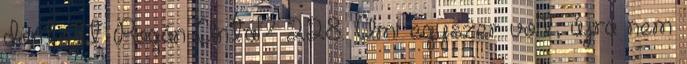
döntött Rogán Antal? 228. Ami egyszer volt, újra nem